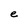
Character: e